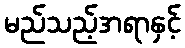
မည်သည့်အရာနှင့်